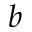
b